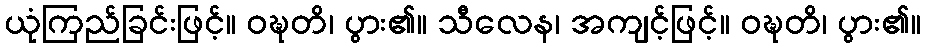
ယုံကြည်ခြင်းဖြင့်။ ဝဍ္ဎတိ၊ ပွား၏။ သီလေန၊ အကျင့်ဖြင့်။ ဝဍ္ဎတိ၊ ပွား၏။